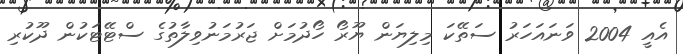
އެއީ 2004 ވަނައަހަރު ސަތޭކަ މިލިޔަން ޔޫރޯ ހޯދުމަށް ޖަރުމަނުވިލާތުގެ ސްޓޭޓަކުން ދޫކުރި